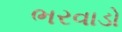
ભરવાડો